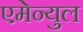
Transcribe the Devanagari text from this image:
एमेन्युल